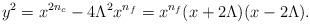
LaTeX: \begin{align*}y^{2} = x^{2n_{c}}-4\Lambda^{2} x^{n_{f}} = x^{n_{f}} (x+2\Lambda) (x-2\Lambda).\end{align*}